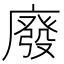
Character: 廢